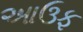
આઉફ